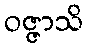
ဝဇ္ဇာသိ